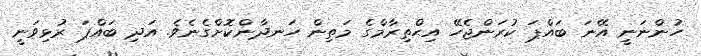
ހުންނަނީ އޭނަ ބައްޕަ ކުރަންޖެހޭ އިޙްތިރާމްގެ މަތިން ހަނދާންކޮށްގެނެވެ. އަދި ބައްޕަ ރުޅިވަނީ